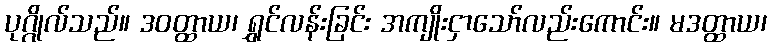
ပုဂ္ဂိုလ်သည်။ ဒဝတ္ထာယ၊ ရွှင်လန်းခြင်း အကျိုးငှာသော်လည်းကောင်း။ မဒတ္ထာယ၊